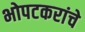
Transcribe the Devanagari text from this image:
भोपटकरांचे